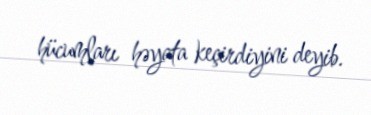
hücumları həyata keçirdiyini deyib.